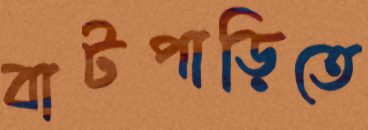
বাটপাড়িতে